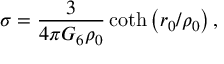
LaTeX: \sigma = \frac { 3 } { 4 \pi G _ { 6 } \rho _ { 0 } } \coth \left( r _ { 0 } / \rho _ { 0 } \right) ,